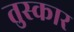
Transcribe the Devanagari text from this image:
तुस्कार